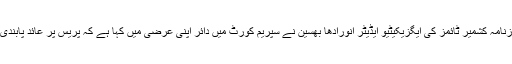
سری نگر سے شائع ہونے والے انگریزی روزنامہ کشمیر ٹائمز کی ایگزیکیٹیو ایڈیٹر انورادھا بھسین نے سپریم کورٹ میں دائر اپنی عرضی میں کہا ہے کہ پریس پر عائد پابندی پوری طرح غیر جمہوری اور غیر آئینی ہیں۔